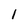
Character: l